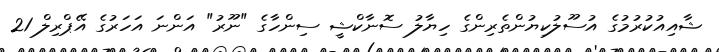
ޝާއިއުކުރުމުގެ އުސޫލުކިޔުންތެރިންގެ ހިޔާލު ސޮނާކްޝީ ސިންހާގެ "ނޫރު" އަންނަ އަހަރުގެ އޭޕްރިލް 21